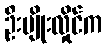
ဦးမျိုးလှိုင်က